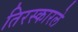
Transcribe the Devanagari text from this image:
तिरस्कारले